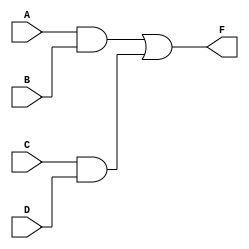
`timescale 1ns / 1ps

module TaskB_circuit(
    input A,
    input B,
    input C,
    input D,
    output F
    );

assign F= (A&B) | (C&D);
endmodule